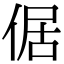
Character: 倨